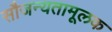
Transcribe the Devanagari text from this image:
सौजन्यतामूलक